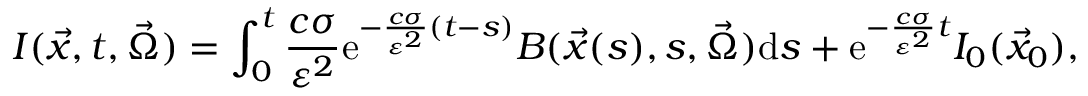
I ( \vec { x } , t , \vec { \Omega } ) = \int _ { 0 } ^ { t } \frac { c \sigma } { \varepsilon ^ { 2 } } \mathrm { e } ^ { - \frac { c \sigma } { \varepsilon ^ { 2 } } ( t - s ) } B ( \vec { x } ( s ) , s , \vec { \Omega } ) \mathrm { d } s + \mathrm { e } ^ { - \frac { c \sigma } { \varepsilon ^ { 2 } } t } I _ { 0 } ( \vec { x } _ { 0 } ) ,